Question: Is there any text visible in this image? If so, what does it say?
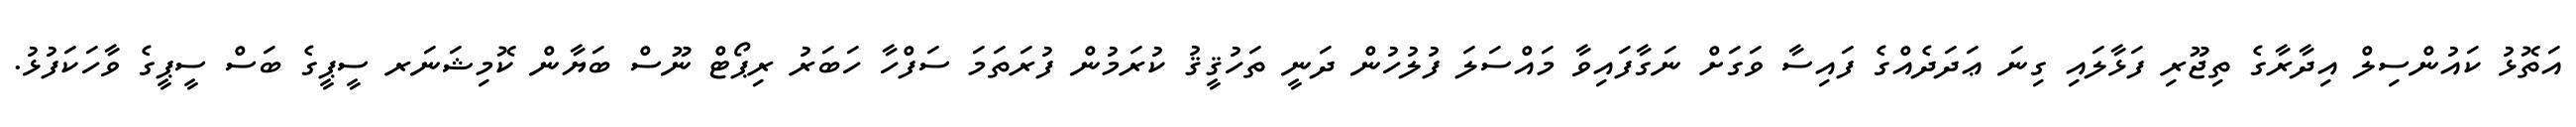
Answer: އަތޮޅު ކައުންސިލް އިދާރާގެ ތިޖޫރި ފަޅާލައި ގިނަ ޢަދަދެއްގެ ފައިސާ ވަގަށް ނަގާފައިވާ މައްސަލަ ފުލުހުން ދަނީ ތަހުޤީޤު ކުރަމުން ފުރަތަމަ ސަފްހާ ހަބަރު ރިޕޯޓް ނޫސް ބަޔާން ކޮމިޝަނަރ ސީޕީގެ ބަސް ސީޕީގެ ވާހަކަފުޅު.